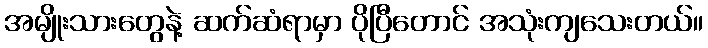
အမျိုးသားတွေနဲ့ ဆက်ဆံရာမှာ ပိုပြီတောင် အသုံးကျသေးတယ်။